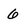
Character: 6